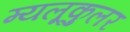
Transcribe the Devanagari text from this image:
म्यलूकुलर